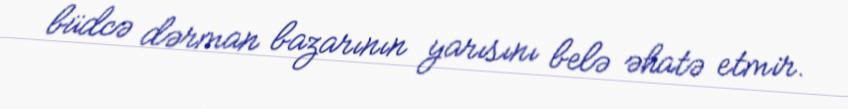
büdcə dərman bazarının yarısını belə əhatə etmir.